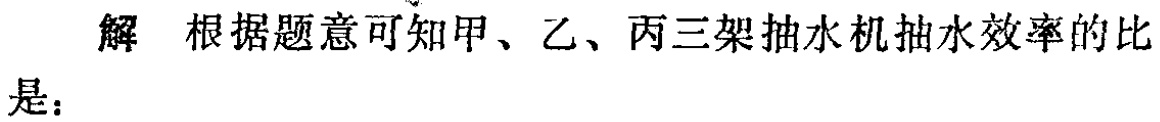
解 根据题意可知甲、乙、丙三架抽水机抽水效率的比是：